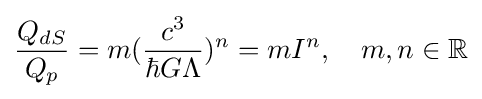
{\frac {Q_{dS}}{Q_{p}}}=m({\frac {c^{3}}{\hbar G\Lambda }})^{n}=mI^{n},\quad m,n\in \mathbb {R}